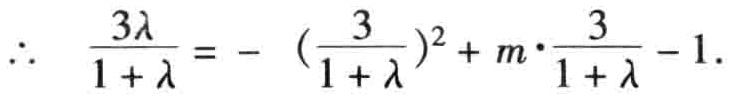
\(\therefore \frac{3\lambda}{1 + \lambda} = - (\frac{3}{1 + \lambda})^2 + m\cdot\frac{3}{1 + \lambda} - 1.\)